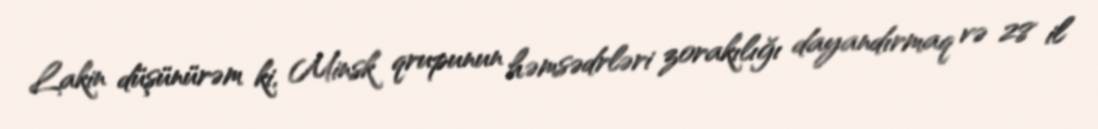
Lakin düşünürəm ki, Minsk qrupunun həmsədrləri zorakılığı dayandırmaq və 28 il